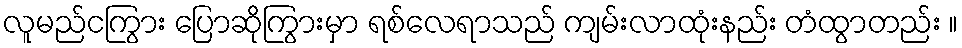
လူမည်ငကြွား ပြောဆိုကြွားမှာ ရစ်လေရာသည် ကျမ်းလာထုံးနည်း တံထွာတည်း ။